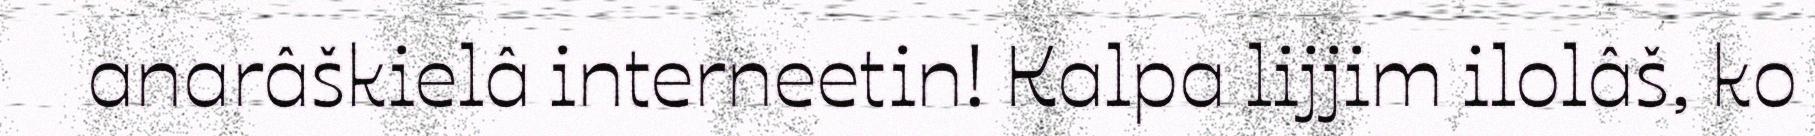
anarâškielâ interneetin! Kalpa lijjim ilolâš, ko